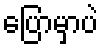
ပြောမှာပဲ